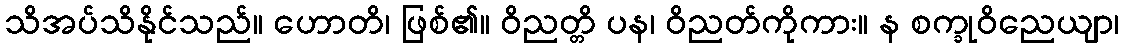
သိအပ်သိနိုင်သည်။ ဟောတိ၊ ဖြစ်၏။ ဝိညတ္တိ ပန၊ ဝိညတ်ကိုကား။ န စက္ခုဝိညေယျာ၊